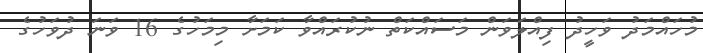
މުހައްމަދު ވަހީދު ފިއްލަވަން މަސައްކަތް ނުކުރައްވާ ކަމަށާ މިމަހުގެ 16 ވަނަ ދުވަހުގެ